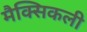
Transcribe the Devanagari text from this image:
मैक्सिकली